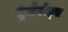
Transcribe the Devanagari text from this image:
ट्रेमैटोड्स